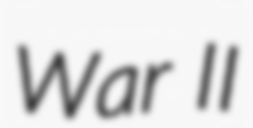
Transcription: War II